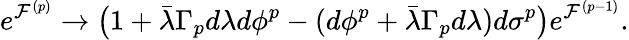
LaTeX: e^{{\cal F}^{(p)}}\rightarrow\big(1+\bar{\lambda}\Gamma_{p}d\lambda d\phi^{p}-(d\phi^{p}+\bar{\lambda}\Gamma_{p}d\lambda)d\sigma^{p}\big)e^{{\cal F}^{(p-1)}}.